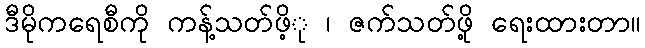
ဒီမိုကရေစီကို ကန့်သတ်ဖိ့ု ၊ ဇက်သတ်ဖို့ ရေးထားတာ။